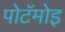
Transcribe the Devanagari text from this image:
पोटॅमोइ